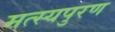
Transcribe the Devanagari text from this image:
मत्स्यपुरण